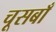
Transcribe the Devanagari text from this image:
चूसबाँ